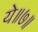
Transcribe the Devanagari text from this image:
ये॥७॥